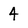
Character: 4